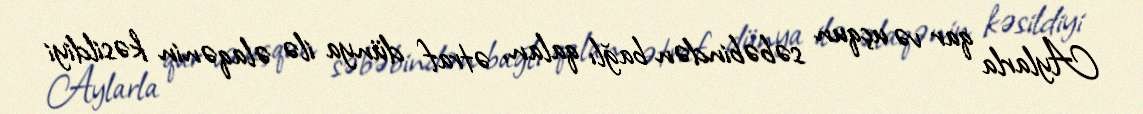
Aylarla qar və uçqun səbəbindən bağlı qalan, ətraf dünya ilə əlaqənin kəsildiyi